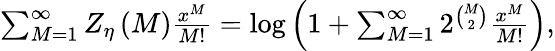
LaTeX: \begin{array}{r}{\sum_{M=1}^{\infty}Z_{\eta}\left(M\right)\frac{x^{M}}{M!}=\log\left(1+\sum_{M=1}^{\infty}2^{\binom{M}{2}}\frac{x^{M}}{M!}\right),}\end{array}